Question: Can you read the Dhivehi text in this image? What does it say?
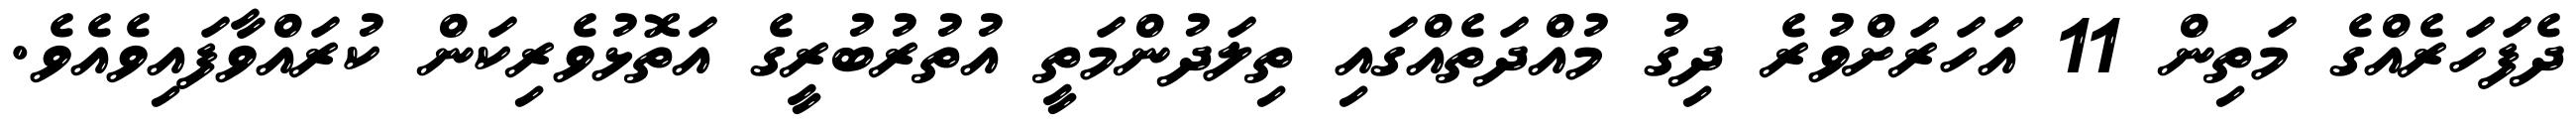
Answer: ދެފަހަރެއްގެ މަތިން 11 އަހަރަށްވުރެ ދިގު މުއްދަތެއްގައި ތިލަދުންމަތީ އުތުރުބުރީގެ އަތޮޅުވެރިކަން ކުރައްވާފައިވެއެވެ.